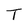
Character: T